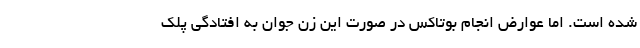
شده است. اما عوارض انجام بوتاکس در صورت این زن جوان به افتادگی پلک